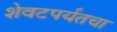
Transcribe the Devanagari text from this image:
शेवटपर्यंतचा